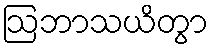
ဩဘာသယိတွာ